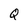
Character: Q